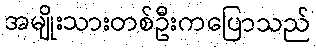
အမျိုးသားတစ်ဦးကပြောသည်